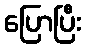
ပြောပြီး